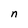
Character: n